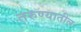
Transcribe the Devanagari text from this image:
तरुण्यातील